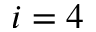
i = 4